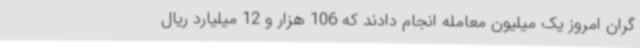
گران امروز یک میلیون معامله انجام دادند که 106 هزار و 12 میلیارد ریال